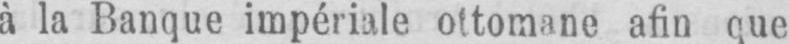
à la Banque impériale ottomane afin que